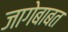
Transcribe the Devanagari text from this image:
जागेबाबत